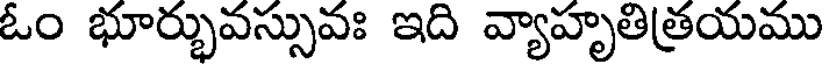
ఓం భూర్భువస్సువః ఇది వ్యాహృతిత్రయము